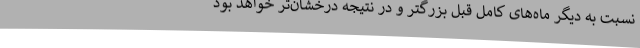
نسبت به دیگر ماه‌های کامل قبل بزرگتر و در نتیجه درخشان‌تر خواهد بود